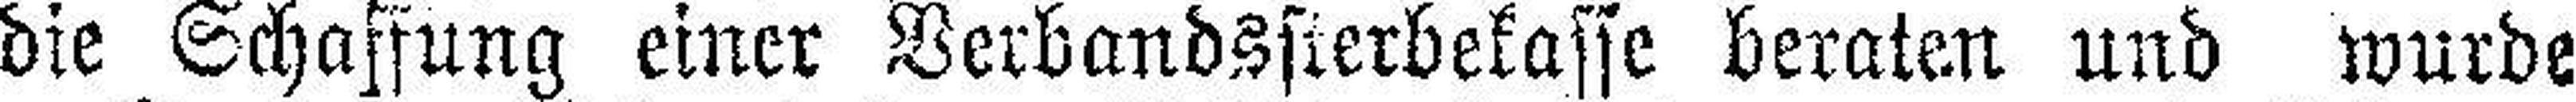
die Schaffung einer Verbandssterbekasse beraten und wurde